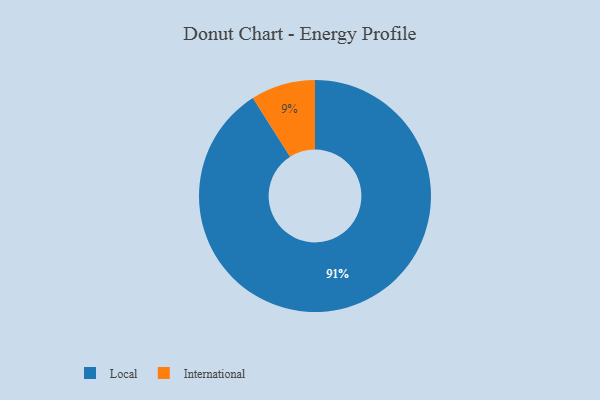
{"axis": {"x": "Category", "y": "Percentage"}, "legend": ["International", "Local"], "data": [{"x": "International", "y": 9, "type": "International"}, {"x": "Local", "y": 91, "type": "Local"}]}